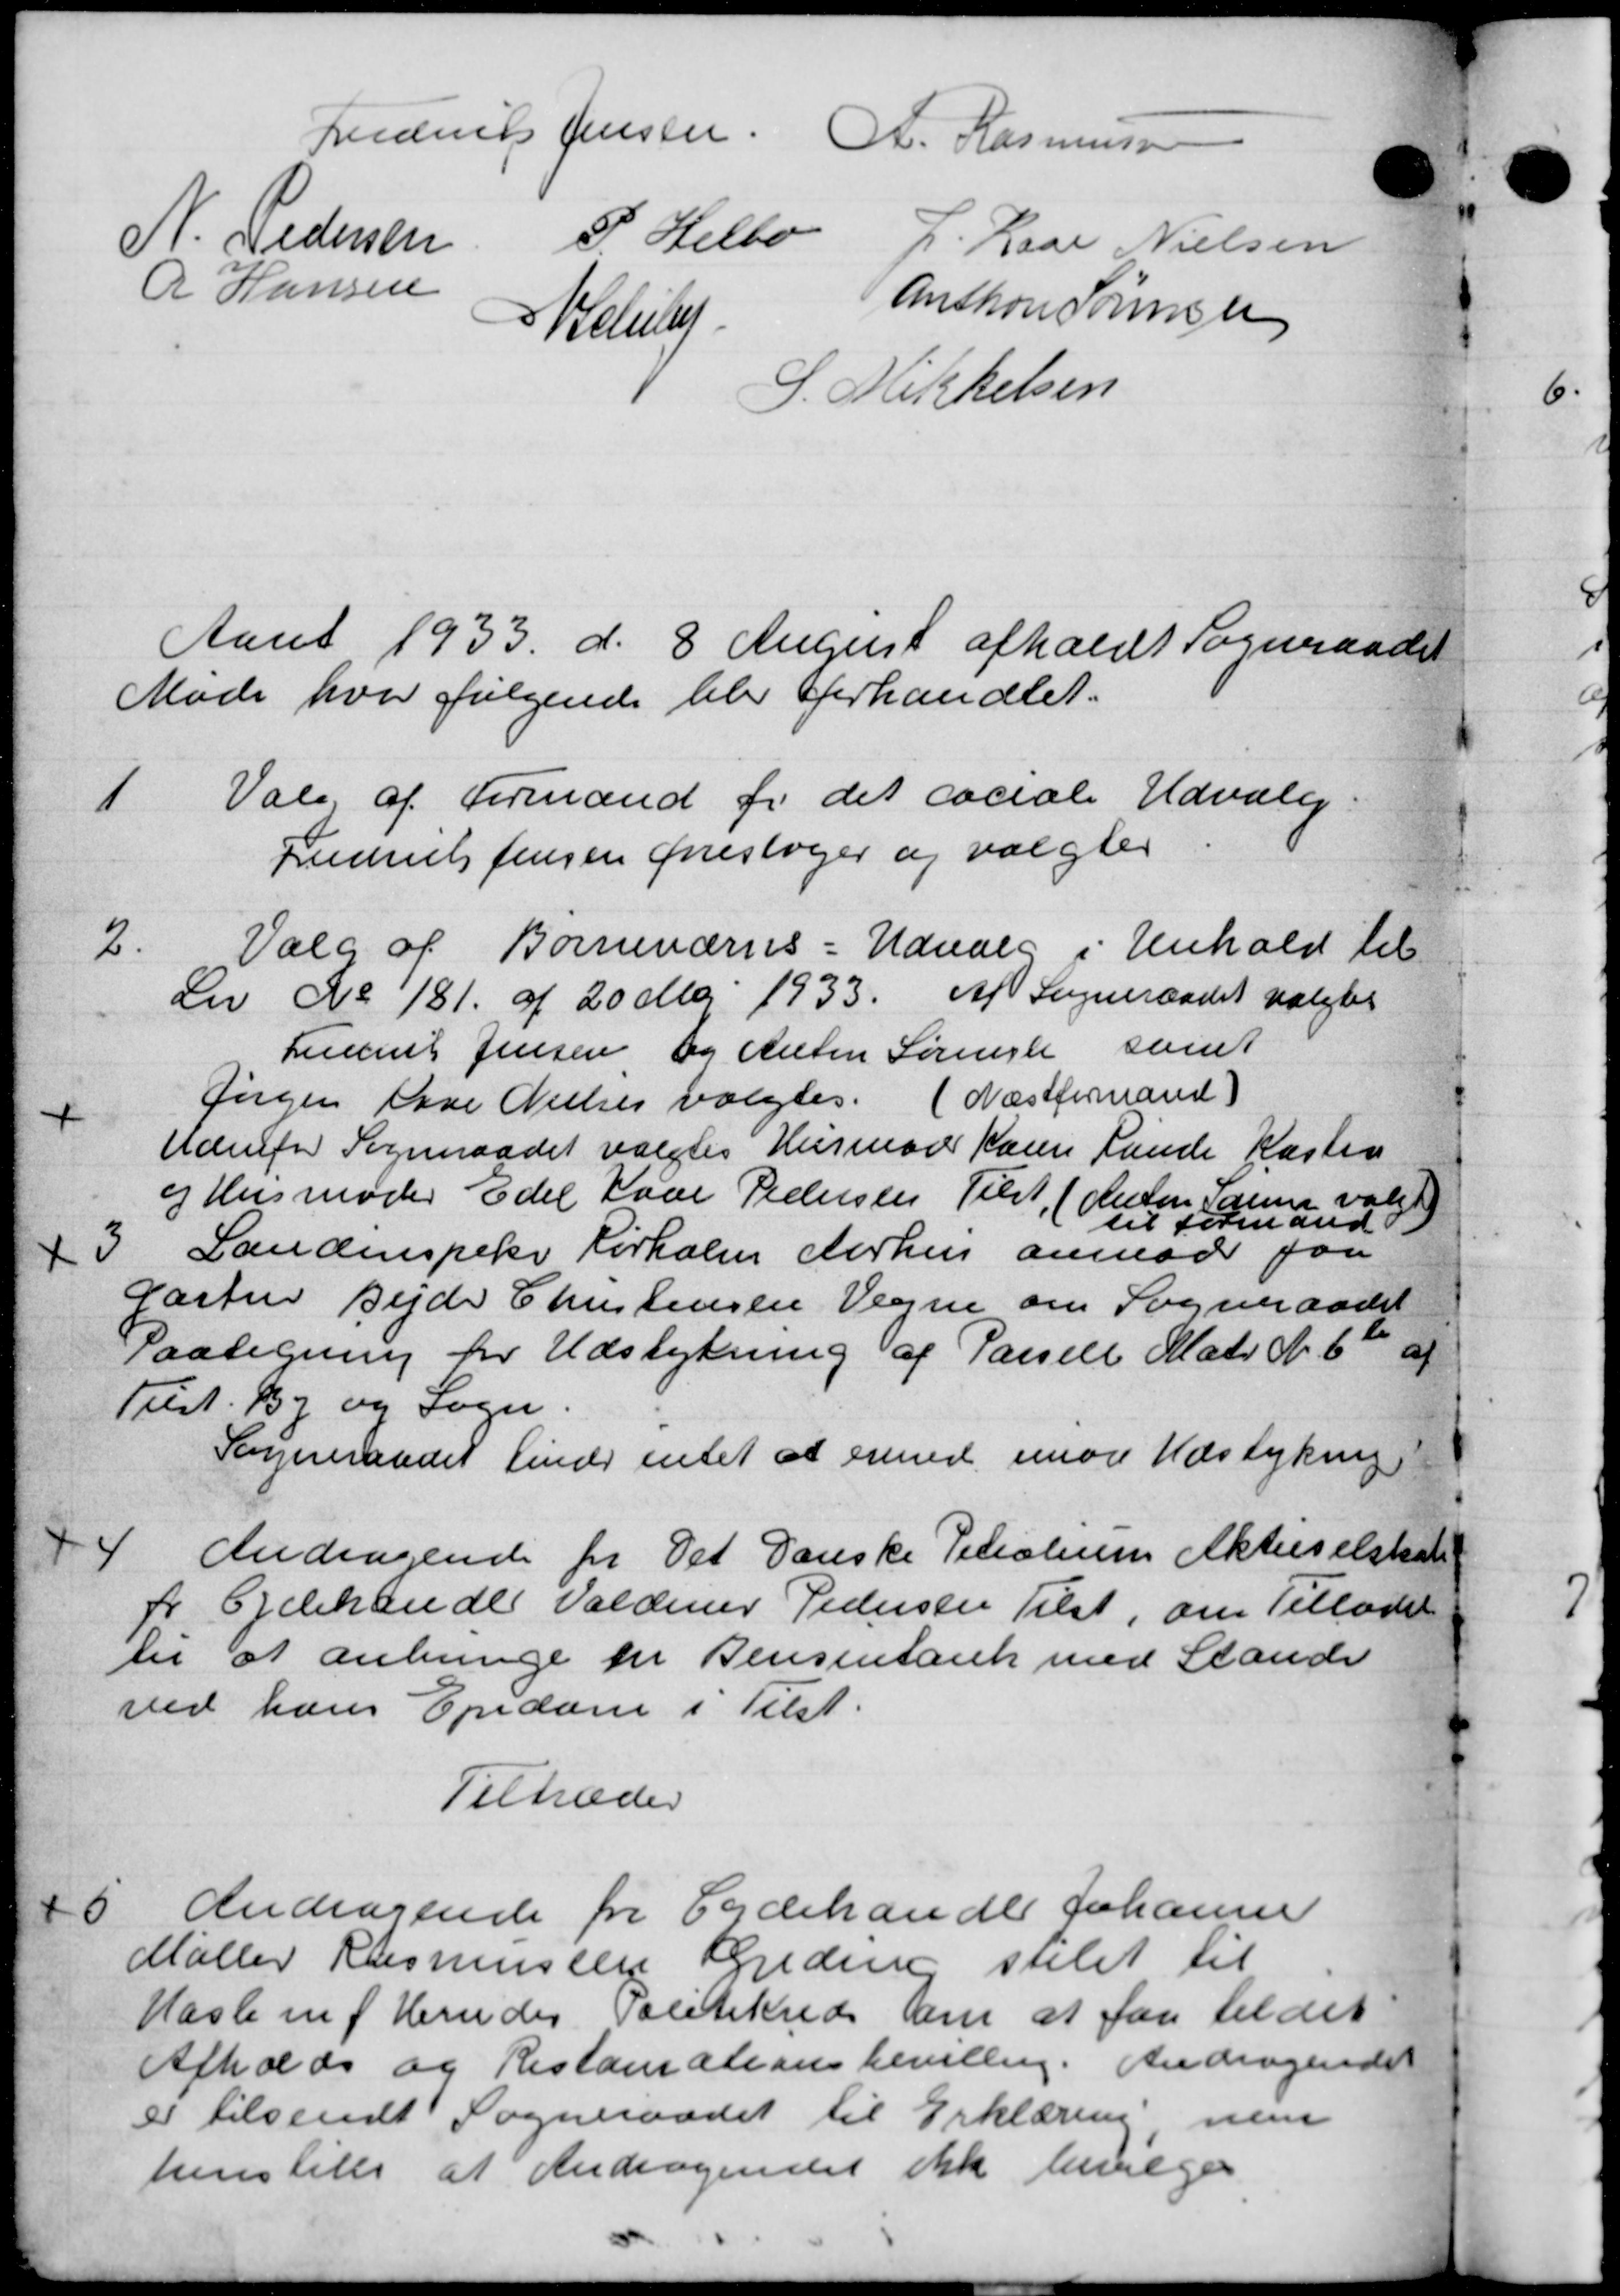
Transskription:
Frederies Jensen. A. Rasmussen
N. Pedersen P. Helbo L. Lars Nielsen
R Hansen
Welslu
Anton Sørensen
S. Mikkelsen
Aaret 1933 d. 8' August afholdt Sogneraadet
Møde hvor følgende blev forhandlet.
1
Valg af Formand for det sociale Udvalg
Juniels Jensen Gresloger og valgtes
2.
Valg af Børneværns - Udvalg i Henhold til
Lov No 181 af 20 Maj 1933. Af Sogneraadet valgtes
Ludent Jensen og Anton Sørensen samt
Jørgen Ove Nielsen valgtes. (Næstformand)
Udenfor Sogneraadet valgtes Husman Karen Lunde Kasten
i Husmoder Edel Kone Pedersen Tilst. (Anton Samme valgt
til Formand
3
Landinspeke Rørholm Aarhus anmoder paa
Gartner Sejde Christensen Vegne om Sogneraadet
Paategning for Udstykning af Parsell Matr. N. 6 af
Tilst. By og Sogn.
Sogneraadet finder intet at ermed imod Udstykning
4
Andragende for Det Danske Petroleum Aktieselskab
pr Ejdehandler Valdemar Pedersen Tilst, om Tilladelse
ter at anbringe en Rensentank med Stande
ved hans Ejendom i Tilst.
Tiltræder
5
Andragende fra Eydehandle Johanne
Møller Rasmussen Kredien stilet til
Hasle m. Herredes Politikred om at faa tildet
Afholds og Restansationsbevilling. Andragende
er tilsendt Sogneraadet til Erklæring nem
henstille at Andragendet ikke bevilges